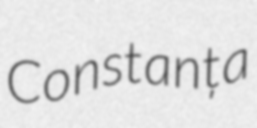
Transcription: Constanța